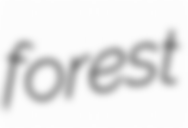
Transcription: forest